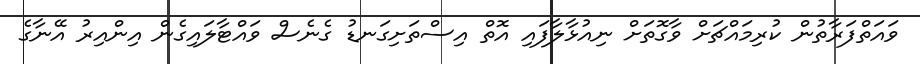
ވައަތްފަރާތުން ކުރިމައްޗަށް ވާގޮތަށް ނިއުޅާލާފައި އޮތް އިސްތަށިގަނޑު ގެނެސް ވައްޓާލައިގެން އިންއިރު އޭނާގެ